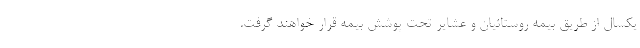
یکسال از طریق بیمه روستائیان و عشایر تحت پوشش بیمه قرار خواهند گرفت.